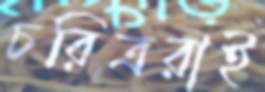
চরিত্ররাই